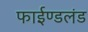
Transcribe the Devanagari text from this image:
फाईण्डलंड